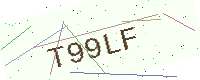
Text: T99LF